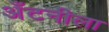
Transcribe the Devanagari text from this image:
अँटनीला